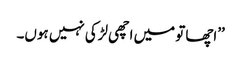
’’اچھا تو میں اچھی لڑکی نہیں ہوں۔